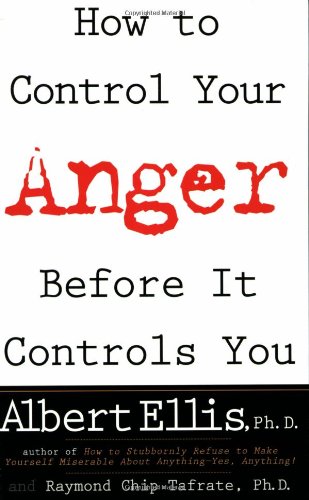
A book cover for How To Control Your Anger Before It Controls You; Albert Ellis; Self-Help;